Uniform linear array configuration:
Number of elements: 4
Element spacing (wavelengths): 0.75
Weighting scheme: hann
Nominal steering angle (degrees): -15
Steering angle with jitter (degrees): -15.54
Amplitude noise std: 0.05
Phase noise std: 0.05

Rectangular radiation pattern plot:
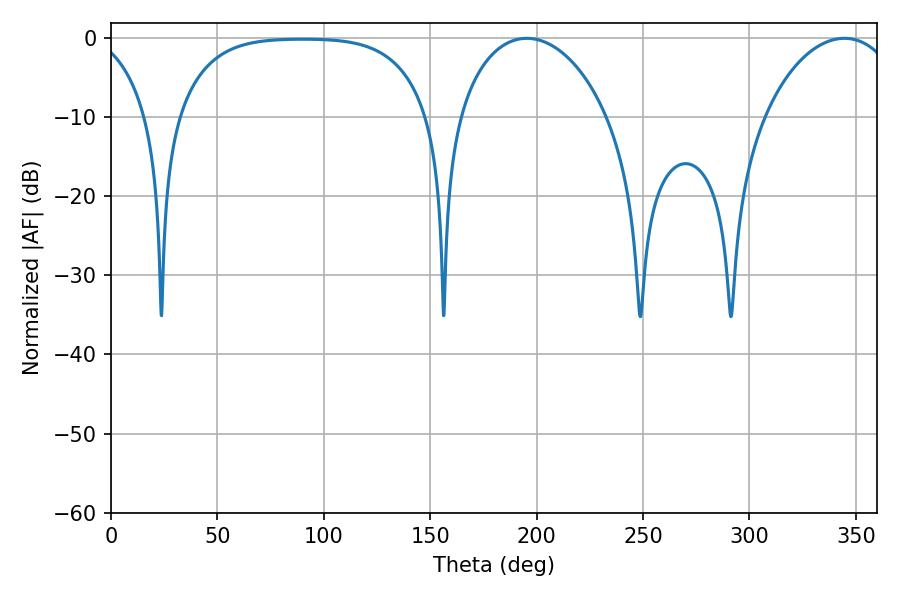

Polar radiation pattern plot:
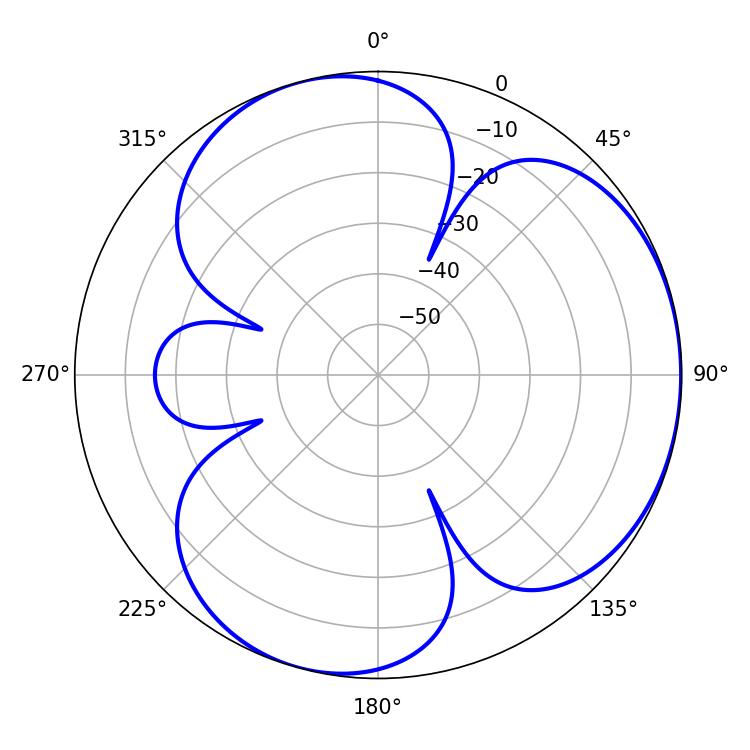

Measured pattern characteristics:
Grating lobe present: TRUE
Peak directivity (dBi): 3.772
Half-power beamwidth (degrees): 36.72
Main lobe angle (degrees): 344.7